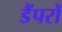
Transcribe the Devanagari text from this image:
डैंपरों